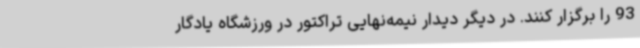
93 را برگزار کنند. در دیگر دیدار نیمه‌نهایی تراکتور در ورزشگاه یادگار